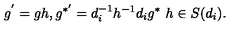
g ^ { ' } = g h , g ^ { * ^ { \prime } } = d _ { i } ^ { - 1 } h ^ { - 1 } d _ { i } g ^ { * } \ h \in S ( d _ { i } ) .